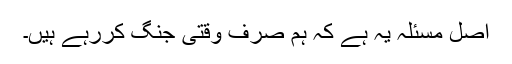
اصل مسئلہ یہ ہے کہ ہم صرف وقتی جنگ کررہے ہیں۔